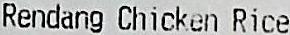
RENDANG CHICKEN RICE